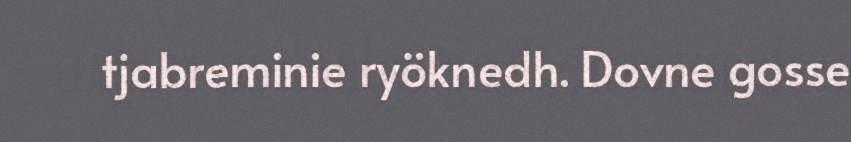
tjabreminie ryöknedh. Dovne gosse